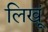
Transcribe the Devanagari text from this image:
लिखूं